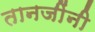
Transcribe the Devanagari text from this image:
तानजींनी